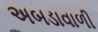
અબડાવાળી